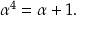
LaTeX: \alpha ^ { 4 } = \alpha + 1 .